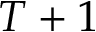
T + 1